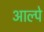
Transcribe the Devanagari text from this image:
आल्पे